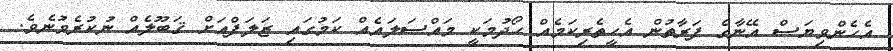
އެހެންވިޔަސް އޭނާގެ ފަރާތުން އެހީތެރިކަމެއް ހޯދުމަކީ މައްސަލައެއް ކަމުގައި ޒަލަފްއަށް ޤަބޫލެއް ނުކުރެވުނެވެ.